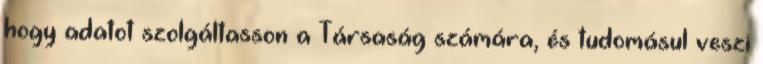
hogy adatot szolgáltasson a Társaság számára, és tudomásul veszi